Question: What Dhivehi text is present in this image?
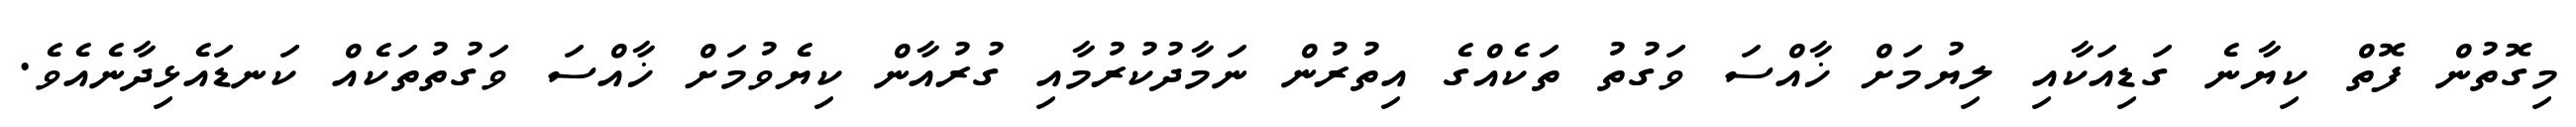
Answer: މިގޮތުން ފޮތް ކިޔާނެ ގަޑިއަކާއި ލިޔުމަށް ޚާއްސަ ވަގުތު ތަކެއްގެ އިތުރުން ނަމާދުކުރުމާއި ގުރުއާން ކިޔެވުމަށް ޚާއްސަ ވަގުތުތަކެއް ކަނޑައެޅިދާނެއެވެ.